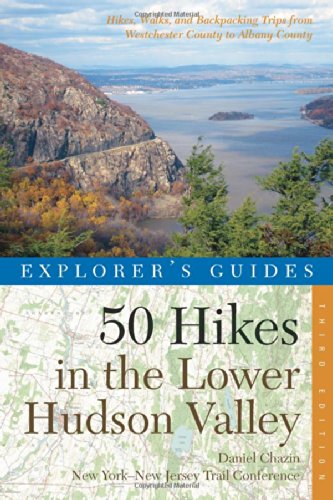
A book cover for Explorer's Guide 50 Hikes in the Lower Hudson Valley: Hikes and Walks from Westchester County to Albany County (Third Edition)  (Explorer's 50 Hikes); New York-New Jersey Trail Conference; Travel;